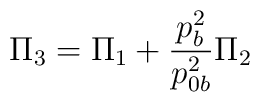
\Pi_3=\Pi_1 + {p_b^2 \over p_{0b}^2}\Pi_2